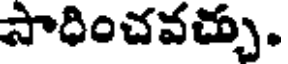
సాధించవచ్చు.